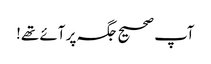
آپ صحیح جگہ پر آئے تھے!